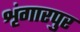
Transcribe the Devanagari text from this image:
शृंगारपुर